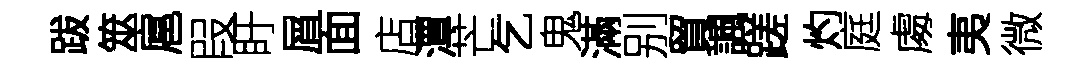
跋筮扈叚盱屑面店潭芒乞鬼滿别貿諷蹉灼庭䖏夷微